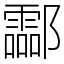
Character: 酃